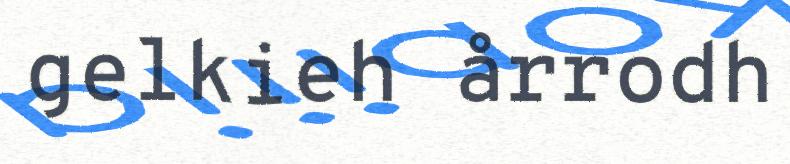
gelkieh årrodh